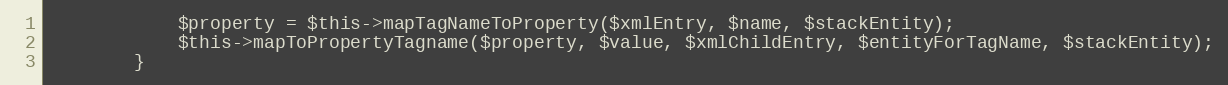
Language: PHP
            $property = $this->mapTagNameToProperty($xmlEntry, $name, $stackEntity);
            $this->mapToPropertyTagname($property, $value, $xmlChildEntry, $entityForTagName, $stackEntity);
        }